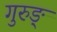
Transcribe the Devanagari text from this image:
गुरुङ्